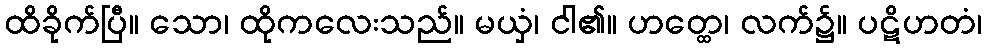
ထိခိုက်ပြီ။ သော၊ ထိုကလေးသည်။ မယှံ၊ ငါ၏။ ဟတ္ထေ၊ လက်၌။ ပဋိဟတံ၊